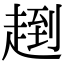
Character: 𧼤